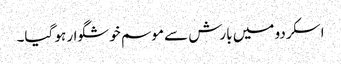
اسکردو میں بارش سے موسم خوشگوار ہو گیا۔